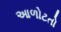
આળોટતો